Lunatic asylums United Provinces 1909-1921 - 1909-1921
Year: 1909
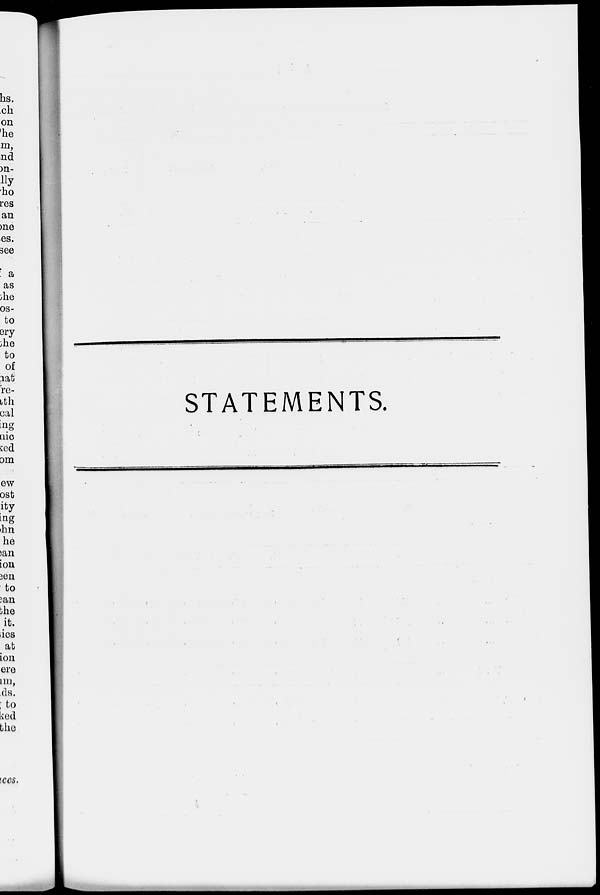
STATEMENTS.